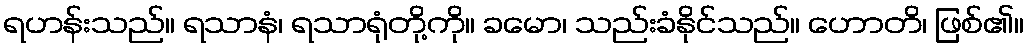
ရဟန်းသည်။ ရသာနံ၊ ရသာရုံတို့ကို။ ခမော၊ သည်းခံနိုင်သည်။ ဟောတိ၊ ဖြစ်၏။